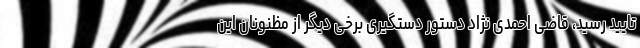
تایید رسید، قاضی احمدی نژاد دستور دستگیری برخی دیگر از مظنونان این